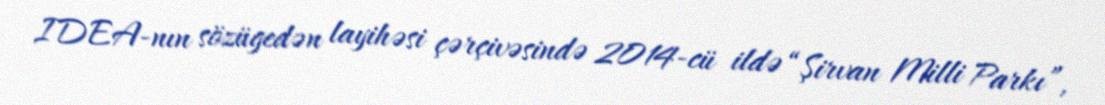
IDEA-nın sözügedən layihəsi çərçivəsində 2014-cü ildə “Şirvan Milli Parkı”,